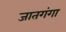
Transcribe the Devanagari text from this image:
जातगंगा